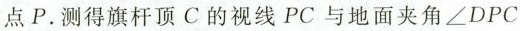
点P。测得旗杆顶C的视线PC与地面夹角$$∠ D P C